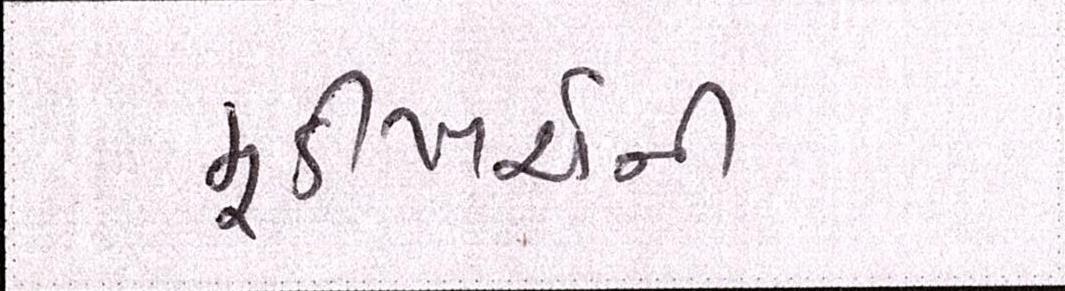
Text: મૂડીખર્ચની